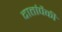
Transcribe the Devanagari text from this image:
दातांपैकी